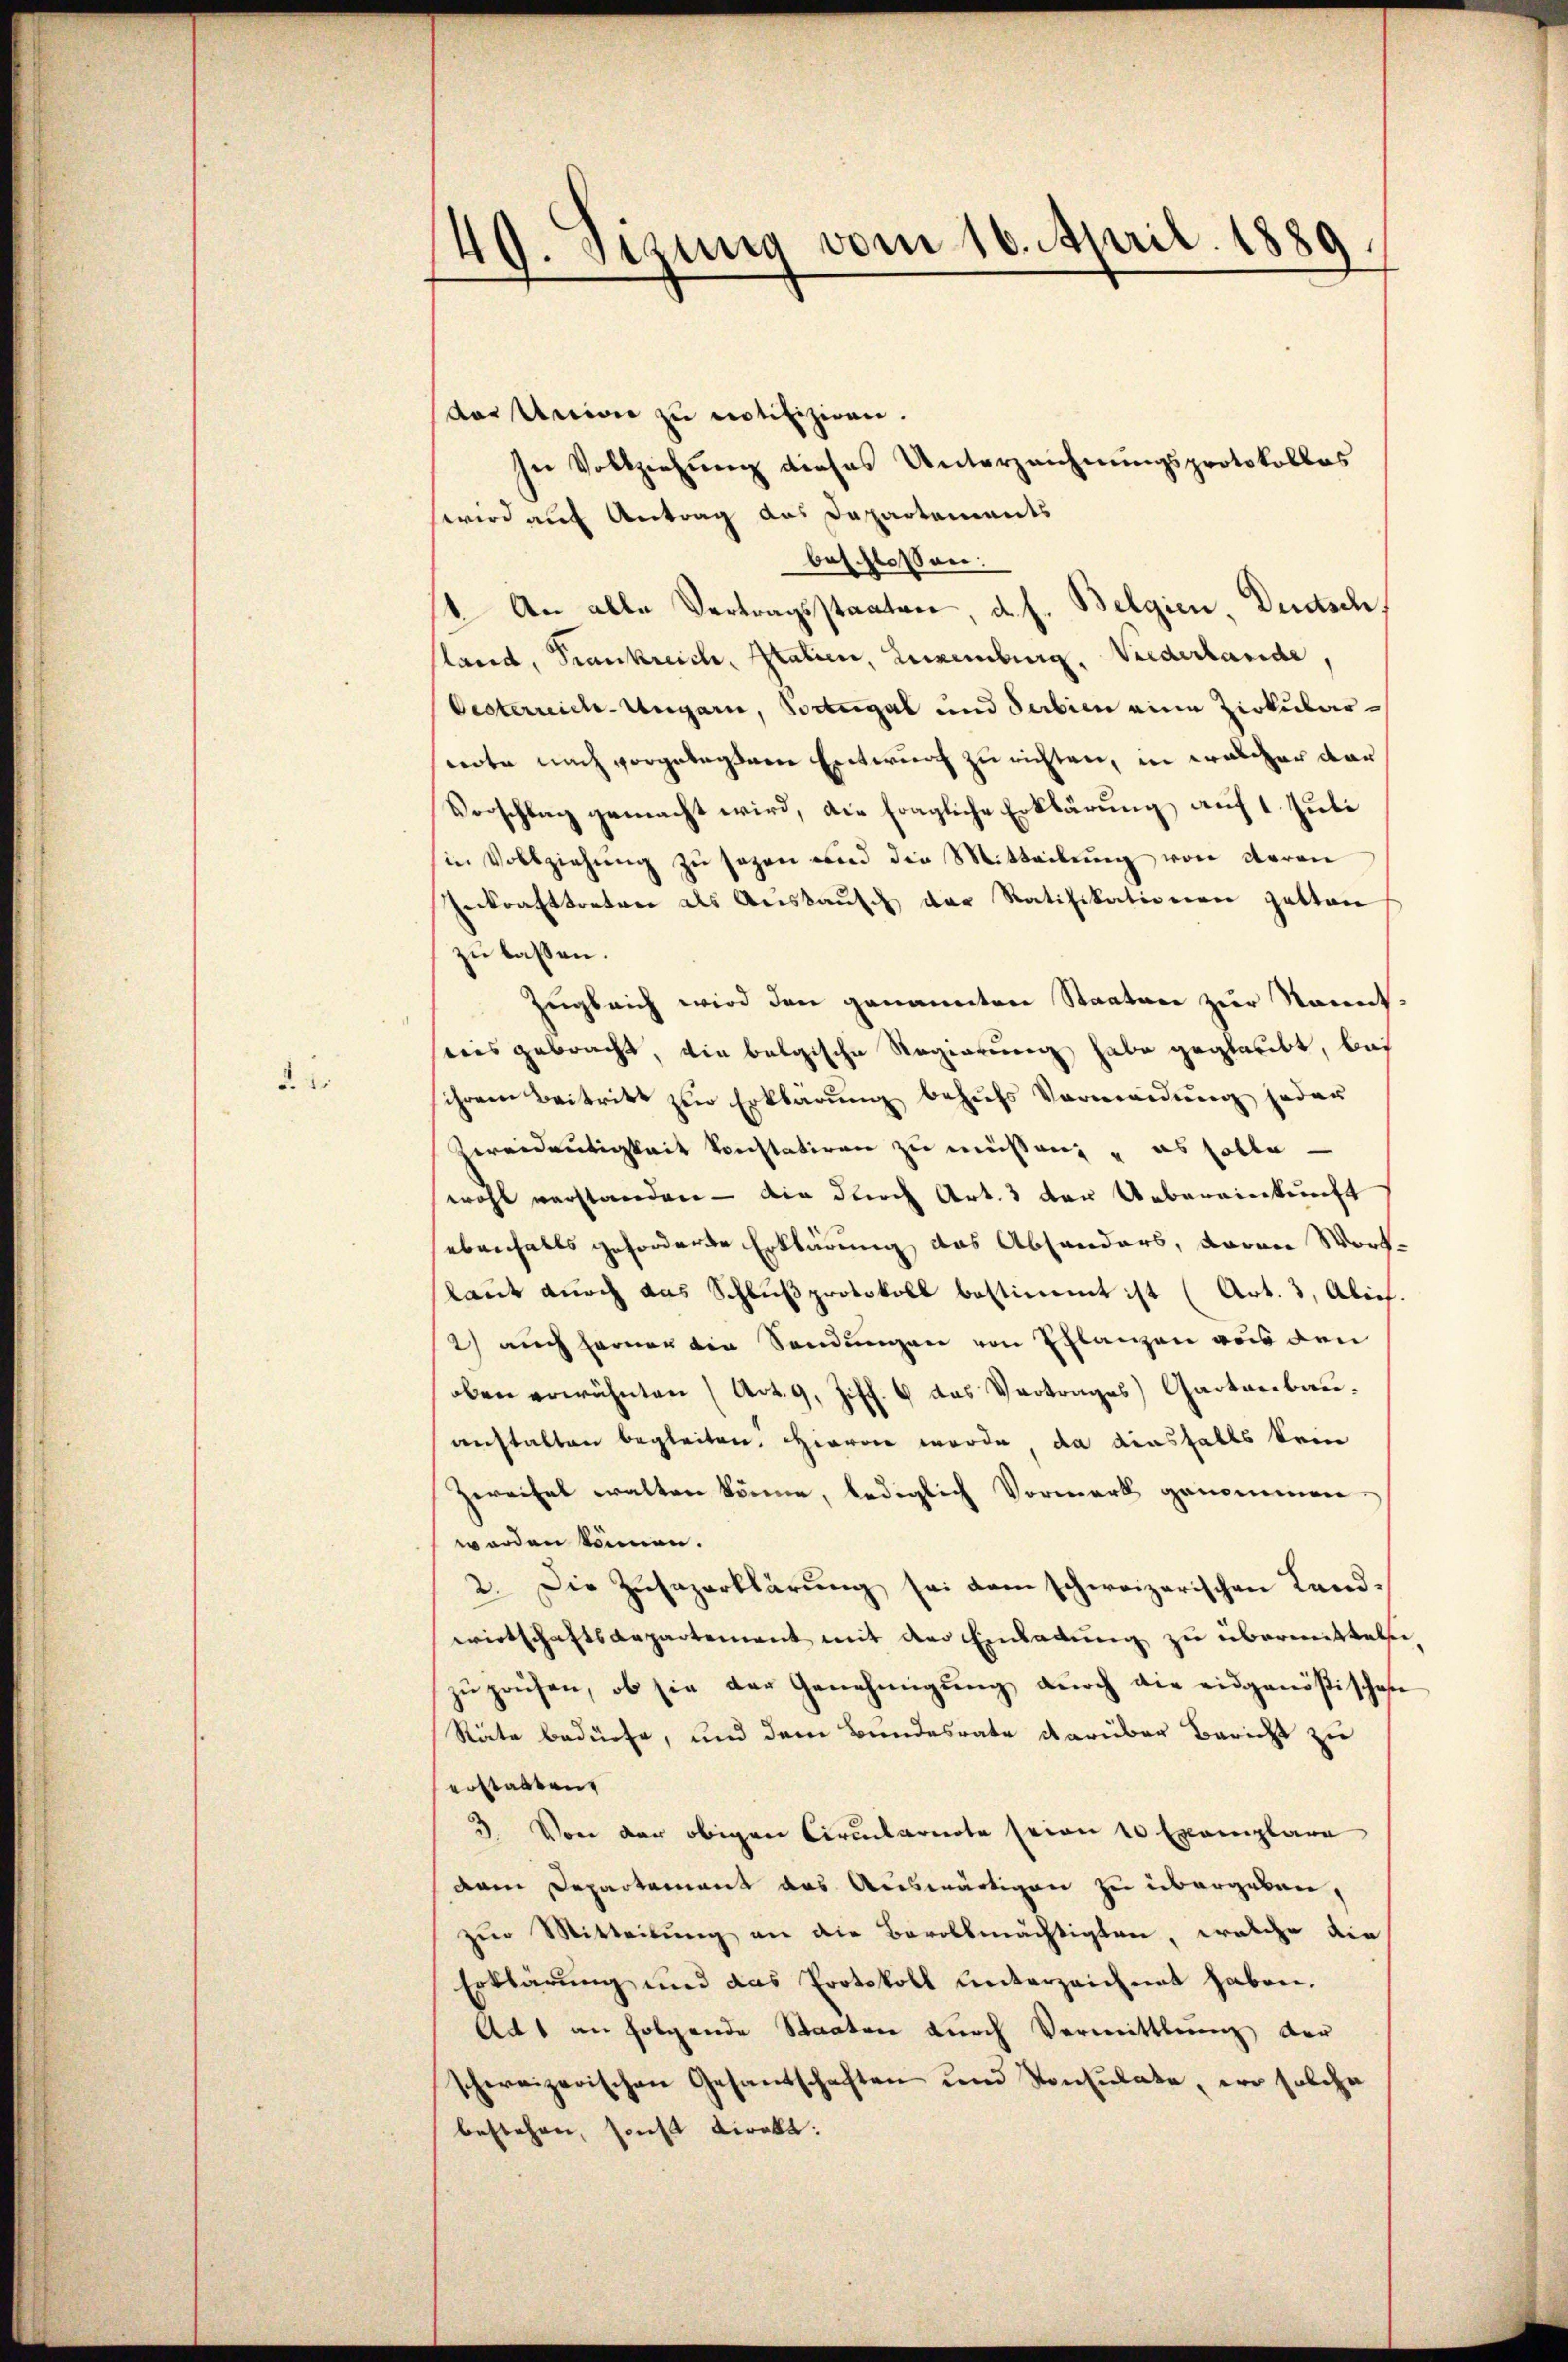
§. 2.

40. Sizung vom 16. April 1889

das Union zu notifiziren.
In Vollziehung dieses Unterzeichnungsprotokollos
wird auf Antrag das Departements
beschlossen:
4. An alle Vertragsstaaten d. h. Belgien Deutsch
sland, Frankreich, Italien, Luxenburg, Wiederlande,
Oesterreich-Ungarn, Vortregal und Serbien eine Zirkularwerte nach vorgelegten Entwurf zu richten, in wascher dar
Vorschlag gemacht wird, die fragliche Erklärung auf 1. Juli
in Vollziehŭng zŭ sezen und die Mitteilŭng von deren
Inkrafttreter als Aŭskaŭfe der Ratifikationen gatten
zu lassen.
Zugleich wird den genannten Staaten zur Sonnt
reis gebracht, wie belgische Regierung habe geglaubt, bei
ihrem Beitritt zur Erklärung behufs Vermeidung jeder
Vereideutigkeit konstatiren zu müssen, und es solle
wohl verstanden — die durch Art. 3 der Uebereinkunft
ebenfalls geforderte Erklärung des Absonders, davon Wort-
laut durch das Schlußprotokoll bestimmt ist (Art. 3, Abiel.
2) auch ferner die Sendungen von Pflanzen aus den
oben erwähnten (Art. 9, Ziff. 6 das Vertrages Gartnerbauanstalten begleiten. Hievon werde, da diesfalls kein
Zweifel walten könne, lediglich Vormerk genommen.
worden können.
2. Die Zusazerklärung sei dem schweizerischen Landwirtschaftsarpartement mit der Einladung zu übermitteln
zŭ prüfen, ob sie der Genehmigŭng dŭrch die eidgenößisches
Räte bedürfe, und dem Bundesrate darüber Bericht zu
erstalten
3. Von der obigen Circularnote seien 10 Exemplare
dem Departement das Auswärtigen zu übergeben,
zur Mitteilung an die Bevollmächtigten, welche die
Erklärung und das Protokoll unterzeichnet haben.
Act an folgende Staaten durch Vermittlung der
schereizerischen Gesamtschaften und Konsulate er solche
bestehen, sonst direkt: